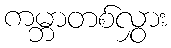
ကမ္ဘာတစ်လွှား